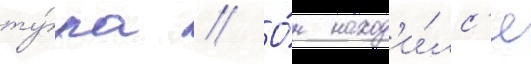
ту́ра // О́н наход'и́лс'я